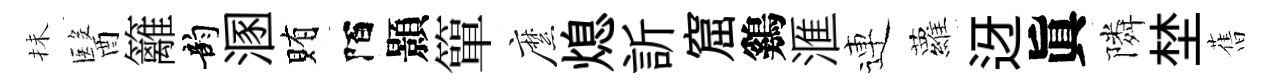
抺醫籬韵溷賄陌顥簞縻熄訢窟鷄滙連蘿迓眞隣埜𦾔